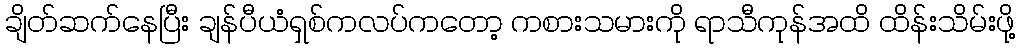
ချိတ်ဆက်နေပြီး ချန်ပီယံရှစ်ကလပ်ကတော့ ကစားသမားကို ရာသီကုန်အထိ ထိန်းသိမ်းဖို့